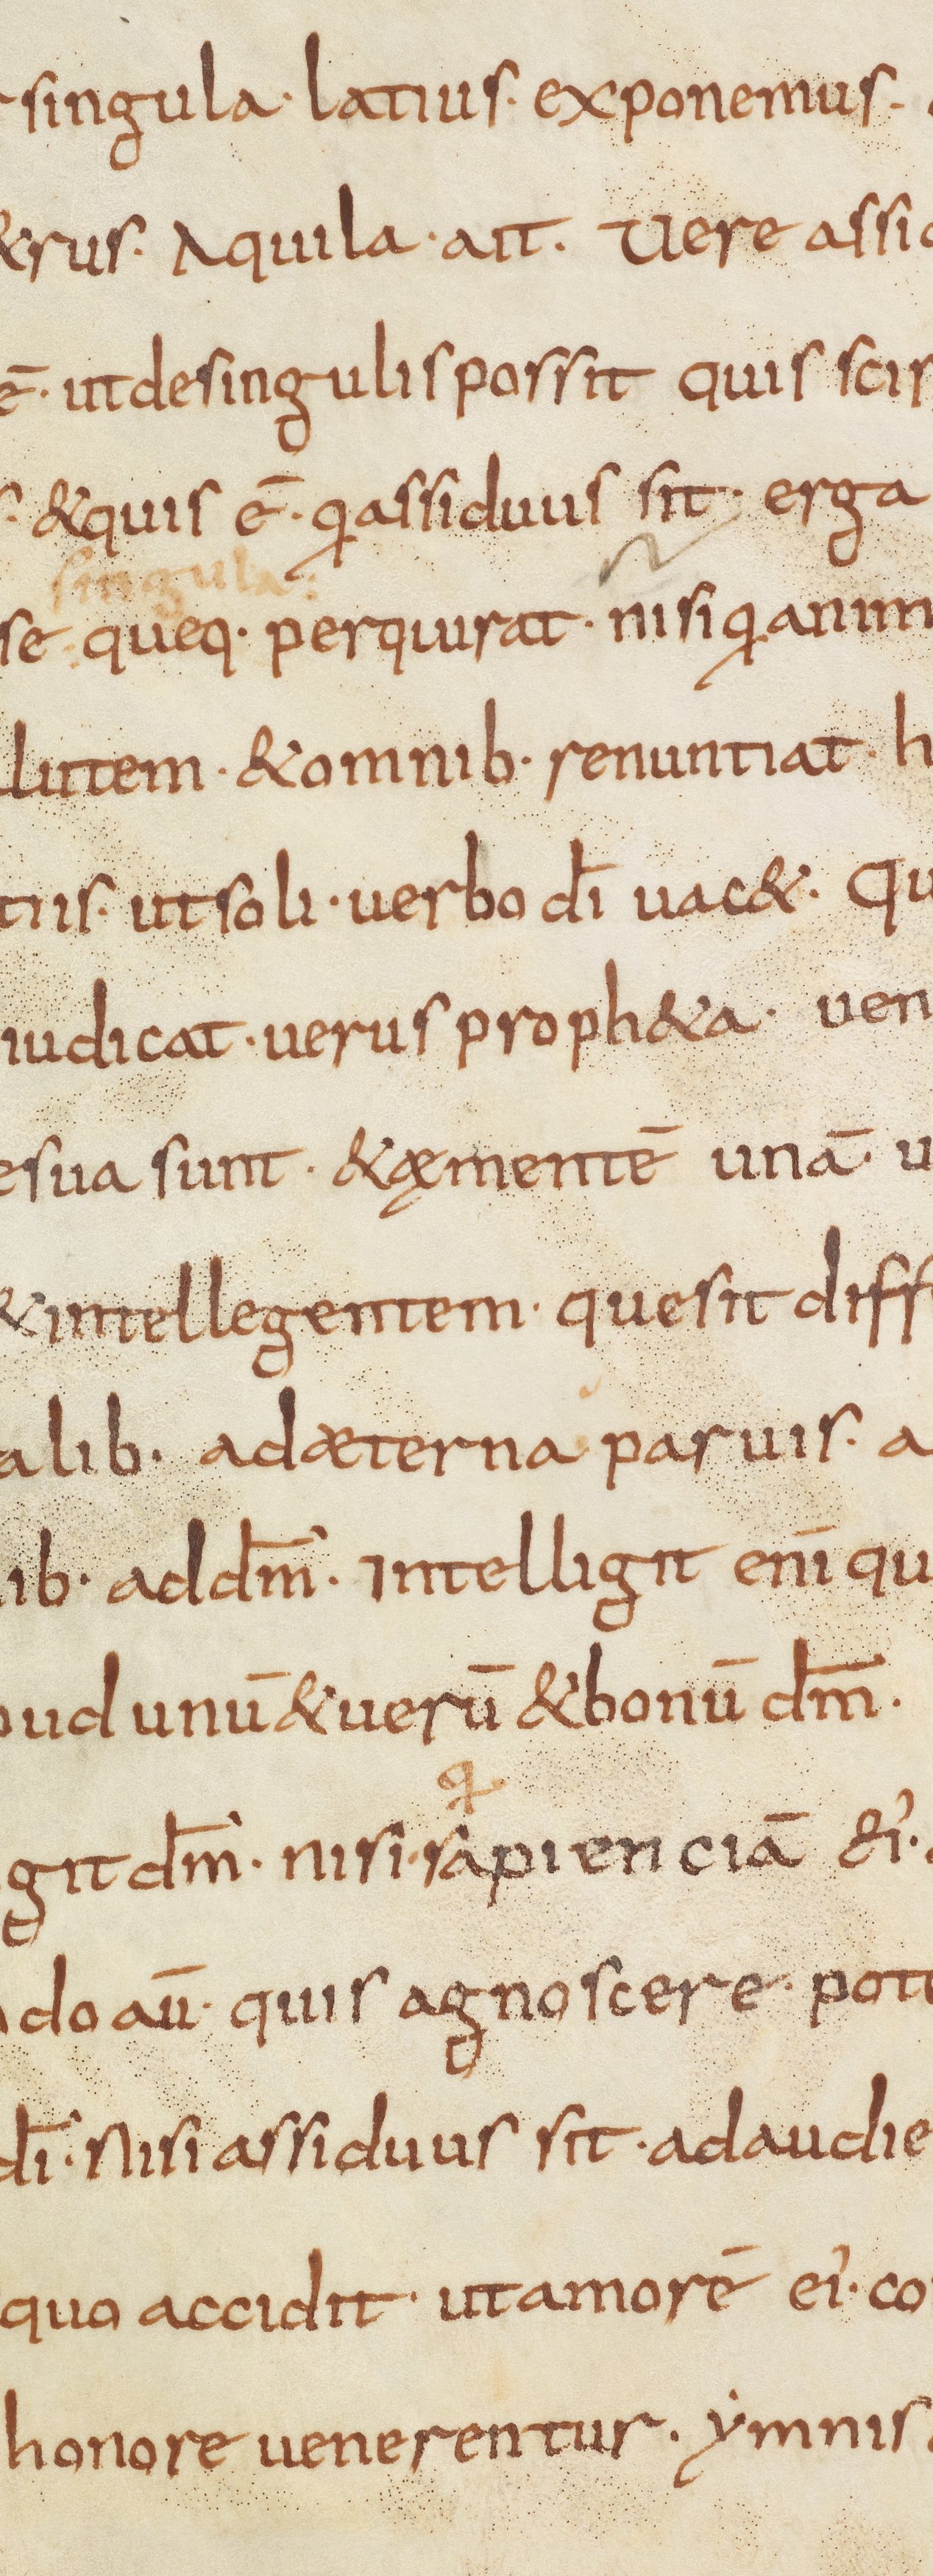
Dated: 835–865